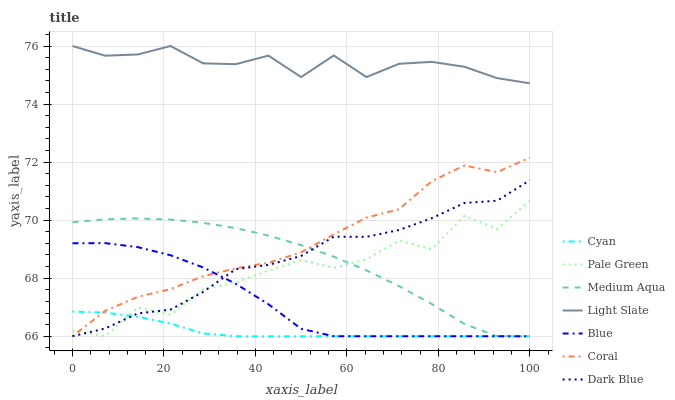
| xaxis_label | Cyan | Pale Green | Medium Aqua | Light Slate | Blue | Coral | Dark Blue |
 | --- | --- | --- | --- | --- | --- | --- | --- |
 | 0 | 66.9 | 66.2 | 69.9 | 76 | 69.2 | 66 | 66 |
 | 7.14 | 66.8 | 66 | 70 | 75.7 | 69.2 | 66.9 | 66.3 |
 | 14.3 | 66.7 | 67 | 70.1 | 75.7 | 69.1 | 67.4 | 66.8 |
 | 21.4 | 66.4 | 66.7 | 70 | 76 | 68.8 | 67.6 | 66.9 |
 | 28.6 | 66.1 | 67.6 | 69.9 | 75.4 | 68.4 | 68.1 | 67.5 |
 | 35.7 | 66 | 67.8 | 69.7 | 75.4 | 67.8 | 68.3 | 68.3 |
 | 42.9 | 66 | 68.3 | 69.5 | 75.7 | 67.1 | 68.5 | 68.5 |
 | 50 | 66 | 68.6 | 69.1 | 74.9 | 66.3 | 68.9 | 68.8 |
 | 57.1 | 66 | 68.4 | 68.7 | 75.7 | 66 | 69.5 | 69.4 |
 | 64.3 | 66 | 68.6 | 68.3 | 74.9 | 66 | 70.1 | 69.4 |
 | 71.4 | 66 | 69.3 | 67.7 | 75.4 | 66 | 70.4 | 69.7 |
 | 78.6 | 66 | 69 | 67.1 | 75.5 | 66 | 71.3 | 70.1 |
 | 85.7 | 66 | 70.1 | 66.4 | 75.3 | 66 | 71.9 | 70.6 |
 | 92.9 | 66 | 69.7 | 66 | 74.9 | 66 | 71.7 | 70.7 |
 | 100 | 66 | 70.7 | 66 | 74.7 | 66 | 72.2 | 71.4 |